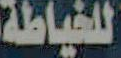
للخياطة